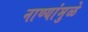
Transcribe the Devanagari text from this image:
नाण्यांमुळे